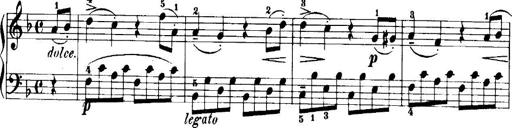
Title: 7 Sonatinas
Composer: Anton Diabelli